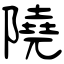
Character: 隢